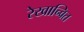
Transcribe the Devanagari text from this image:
रेखान्वित